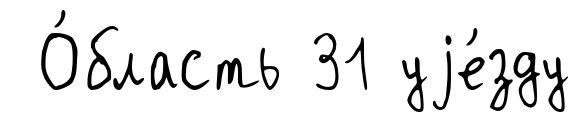
О́бласть 31 уjе́зду